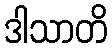
ဒါသာတိ